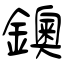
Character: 鐭